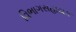
વિભાગસહાયક